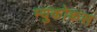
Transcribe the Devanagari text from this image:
म्युकोकस